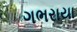
ગભરાયા